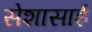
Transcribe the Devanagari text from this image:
सेशासाई